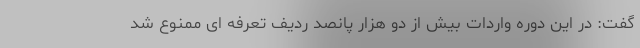
گفت: در این دوره واردات بیش از دو هزار پانصد ردیف تعرفه ای ممنوع شد